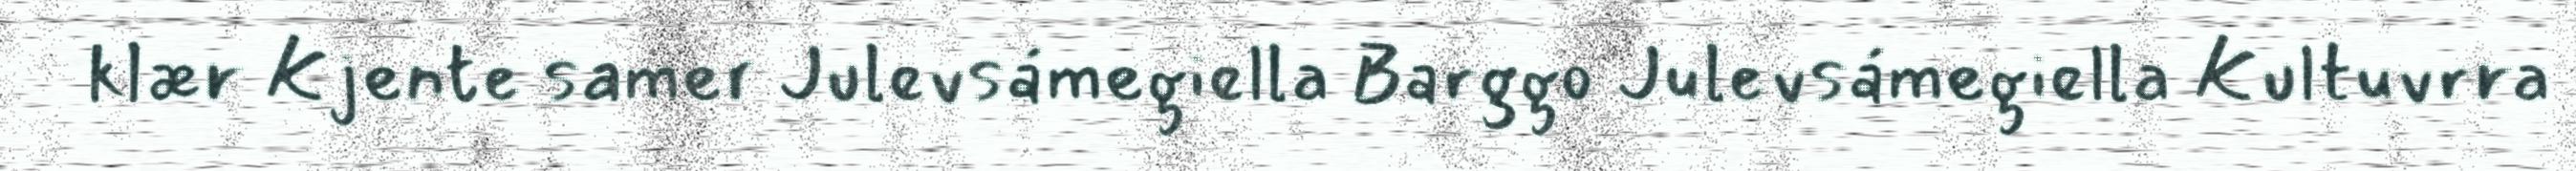
klær Kjente samer Julevsámegiella Barggo Julevsámegiella Kultuvrra